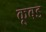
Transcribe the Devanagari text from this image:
कूबड